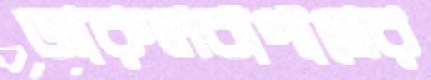
জারুলবাগানের